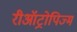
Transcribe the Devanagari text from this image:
रीऑट्रोपिज्म